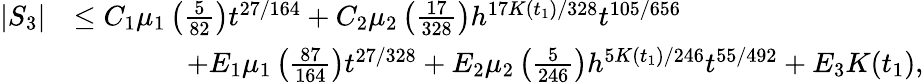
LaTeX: \begin{array}{rl}{|S_{3}|}&{\le C_{1}\mu_{1}\left(\frac{5}{82}\right)t^{27/164}+C_{2}\mu_{2}\left(\frac{17}{328}\right)h^{17K(t_{1})/328}t^{105/656}}\\ &{\qquad\qquad+E_{1}\mu_{1}\left(\frac{87}{164}\right)t^{27/328}+E_{2}\mu_{2}\left(\frac{5}{246}\right)h^{5K(t_{1})/246}t^{55/492}+E_{3}K(t_{1}),}\end{array}